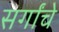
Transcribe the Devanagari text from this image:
सर्गांचे